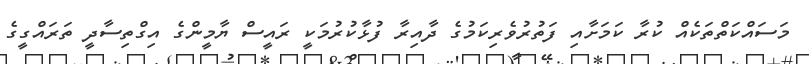
މަސައްކަތްތަކެއް ކުރާ ކަމަށާއި ފަތުރުވެރިކަމުގެ ދާއިރާ ފުޅާކުރުމަކީ ރައީސް ޔާމީންގެ އިގްތިސާދީ ތަރައްގީގެ